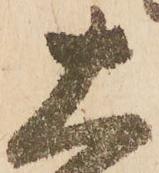
大